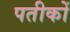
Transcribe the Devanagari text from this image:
पतीकों